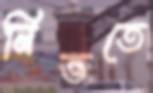
নিভতে